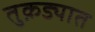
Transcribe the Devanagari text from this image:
तुक़ड्यात